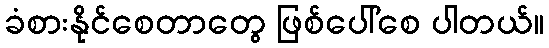
ခံစားနိုင်စေတာတွေ ဖြစ်ပေါ်စေ ပါတယ်။